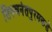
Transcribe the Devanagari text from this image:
तिरुवनंतपुरमकडे